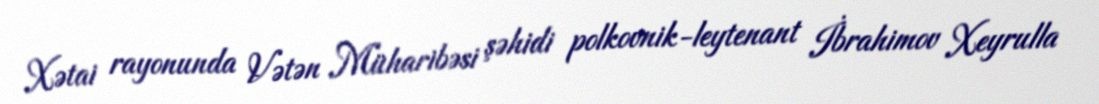
Xətai rayonunda Vətən Müharibəsi şəhidi polkovnik-leytenant İbrahimov Xeyrulla